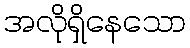
အလိုရှိနေသော